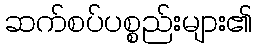
ဆက်စပ်ပစ္စည်းများ၏